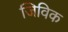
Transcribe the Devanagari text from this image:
जिविक